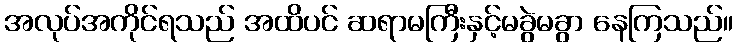
အလုပ်အကိုင်ရသည် အထိပင် ဆရာမကြီးနှင့်မခွဲမခွာ နေကြသည်။